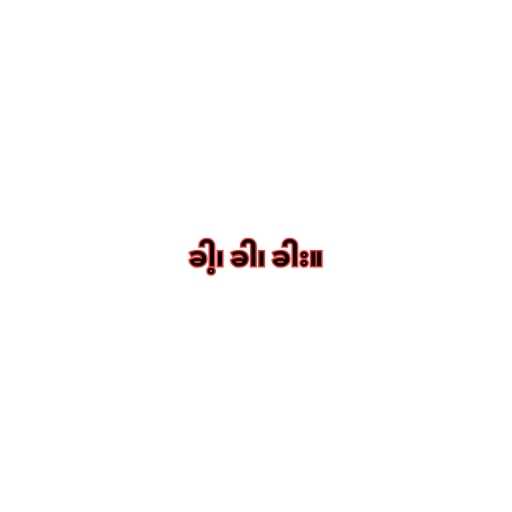
ခါ့၊ ခါ၊ ခါး။